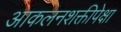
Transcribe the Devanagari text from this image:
आकलनशक्तीपेक्षा